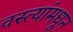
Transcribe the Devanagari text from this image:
वस्त्यांमधून